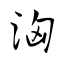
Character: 洶